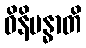
ဝိနိဗန္ဓာတိ